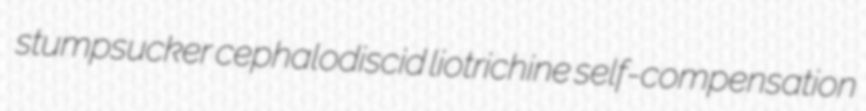
stumpsucker cephalodiscid liotrichine self-compensation